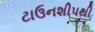
ટાઉનશીપથી